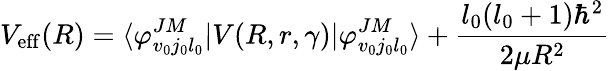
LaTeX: V_{\mathrm{eff}}(R)=\langle\varphi_{v_{0}j_{0}l_{0}}^{JM}|V(R,r,\gamma)|\varphi_{v_{0}j_{0}l_{0}}^{JM}\rangle+\frac{l_{0}(l_{0}+1)\hbar^{2}}{2\mu R^{2}}